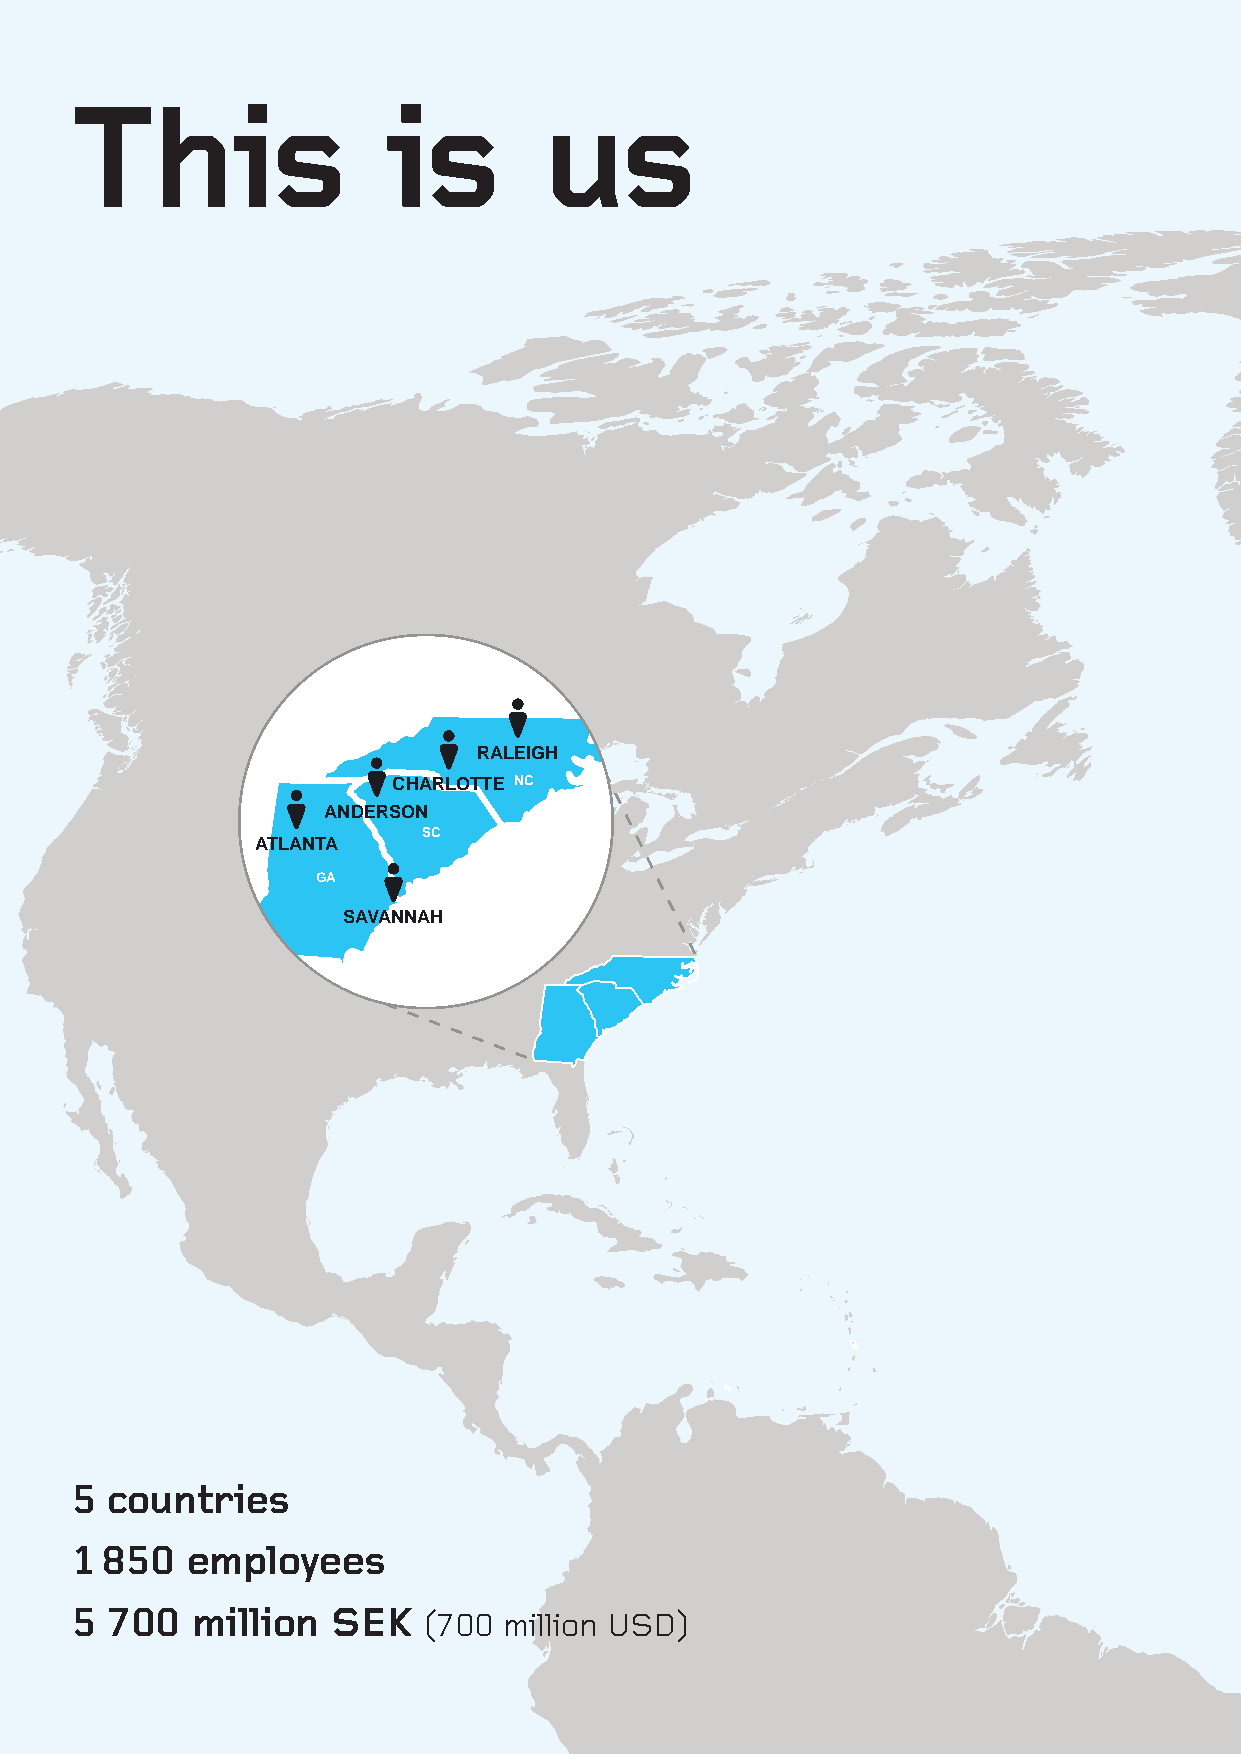
This                 is        us
 SKI
 GOTHENBURG
 SZCZECIN
 KIEL
 RALEIGH
 CHARLOTTE NC
 ANDERSON
 SC
 ATLANTA
 GA
 SAVANNAH
 5 countries
 1 850  employees
 5 700   million  SEK   (700 million USD)